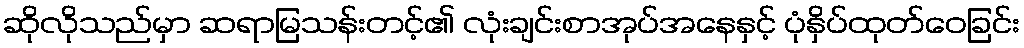
ဆိုလိုသည်မှာ ဆရာမြသန်းတင့်၏ လုံးချင်းစာအုပ်အနေနှင့် ပုံနှိပ်ထုတ်ဝေခြင်း